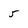
Character: 5